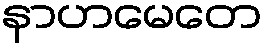
နာဟမေတေ